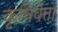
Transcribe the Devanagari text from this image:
कृषिवेत्ता